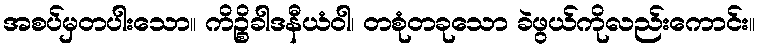
အစပ်မှတပါးသော။ ကိဉ္စိခါဒနီယံဝါ၊ တစုံတခုသော ခဲဖွယ်ကိုလည်းကောင်း။